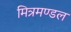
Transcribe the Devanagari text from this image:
मित्रमण्डल